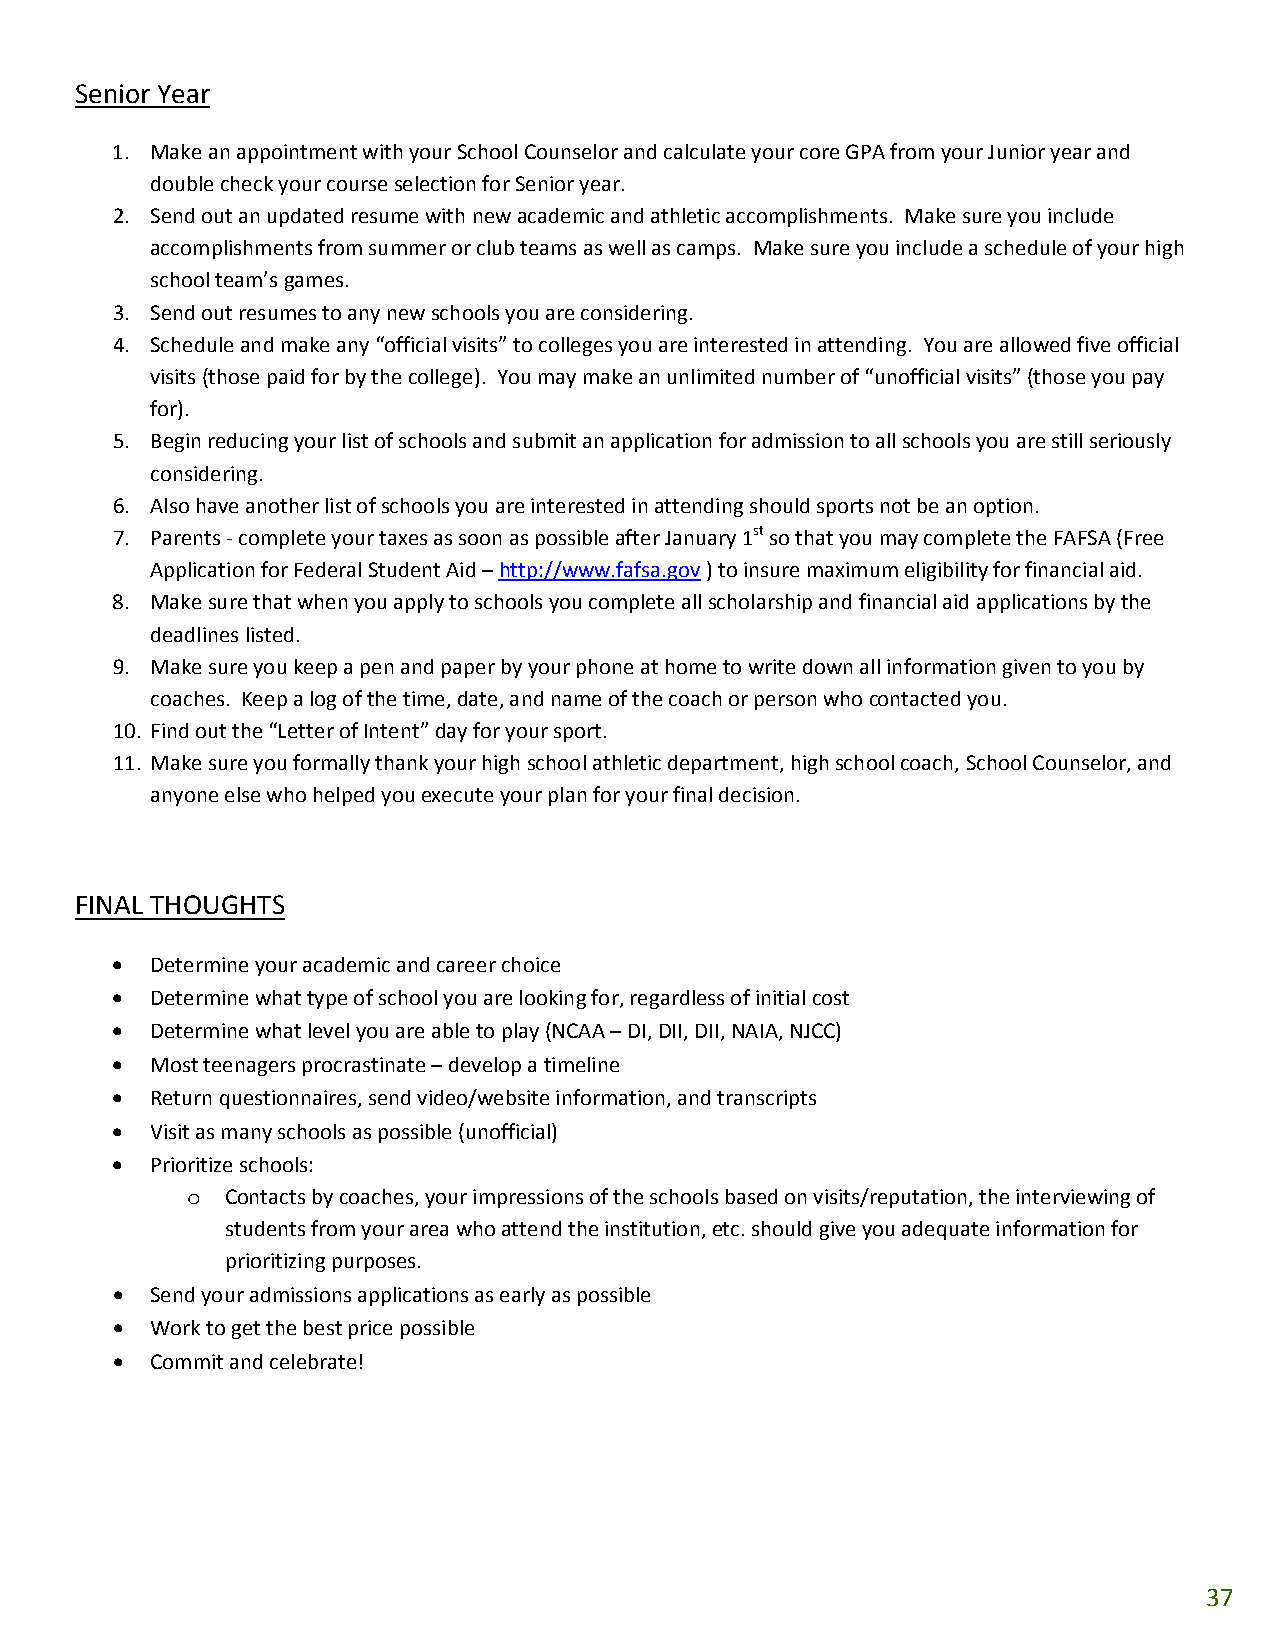
Senior Year
 1. Make an appointment with your School Counselor and calculate your core GPA from your Junior year and
 double check your course selection for Senior year.
 2. Send out an updated resume with new academic and athletic accomplishments. Make sure you include
 accomplishments from summer or club teams as well as camps. Make sure you include a schedule of your high
 school team’s games.
 3. Send out resumes to any new schools you are considering.
 4. Schedule and make any “official visits” to colleges you are interested in attending. You are allowed five official
 visits (those paid for by the college). You may make an unlimited number of “unofficial visits” (those you pay
 for).
 5. Begin reducing your list of schools and submit an application for admission to all schools you are still seriously
 considering.
 6. Also have another list of schools you are interested in attending should sports not be an option.
 7. Parents ‐ complete your taxes as soon as possible after January 1st so that you may complete the FAFSA (Free
 Application for Federal Student Aid – http://www.fafsa.gov ) to insure maximum eligibility for financial aid.
 8. Make sure that when you apply to schools you complete all scholarship and financial aid applications by the
 deadlines listed.
 9. Make sure you keep a pen and paper by your phone at home to write down all information given to you by
 coaches. Keep a log of the time, date, and name of the coach or person who contacted you.
 10. Find out the “Letter of Intent” day for your sport.
 11. Make sure you formally thank your high school athletic department, high school coach, School Counselor, and
 anyone else who helped you execute your plan for your final decision.
 FINAL THOUGHTS
 •  Determine your academic and career choice
 •  Determine what type of school you are looking for, regardless of initial cost
 •  Determine what level you are able to play (NCAA – DI, DII, DII, NAIA, NJCC)
 •  Most teenagers procrastinate – develop a timeline
 •  Return questionnaires, send video/website information, and transcripts
 •  Visit as many schools as possible (unofficial)
 •  Prioritize schools:
 o  Contacts by coaches, your impressions of the schools based on visits/reputation, the interviewing of
 students from your area who attend the institution, etc. should give you adequate information for
 prioritizing purposes.
 •  Send your admissions applications as early as possible
 •  Work to get the best price possible
 •  Commit and celebrate!
 37